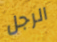
الرجل